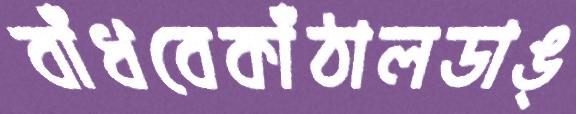
বাঁধবেকাঁঠালডাঙ্